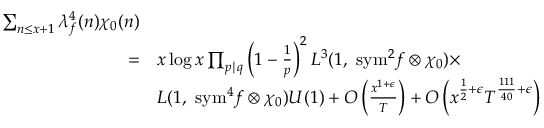
\begin{array} { r l } { \sum _ { n \leq x + 1 } \lambda _ { f } ^ { 4 } ( n ) \chi _ { 0 } ( n ) } \\ { = } & { x \log x \prod _ { p \mid q } \left( 1 - \frac { 1 } { p } \right) ^ { 2 } L ^ { 3 } ( 1 , \ \mathrm { { s y m } } ^ { 2 } f \otimes \chi _ { 0 } ) \times } \\ & { L ( 1 , \ { \mathrm { s y m } } ^ { 4 } f \otimes \chi _ { 0 } ) U ( 1 ) + O \left( \frac { x ^ { 1 + \epsilon } } { T } \right) + O \left( x ^ { \frac { 1 } { 2 } + \epsilon } T ^ { \frac { 1 1 1 } { 4 0 } + \epsilon } \right) } \end{array}